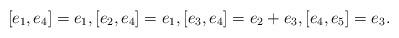
LaTeX: \begin{gather*} [e_1, e_4]=e_1,[e_2, e_4]=e_1,[e_3, e_4]=e_2+e_3,[e_4, e_5]=e_3.\end{gather*}